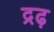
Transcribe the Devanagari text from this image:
द्रढ़